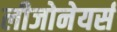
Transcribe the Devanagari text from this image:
लीजोनेयर्स